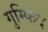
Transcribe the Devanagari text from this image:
गुम्फिद